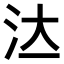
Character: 𣲔